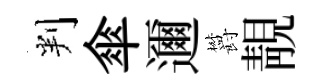
判傘邇欝靚